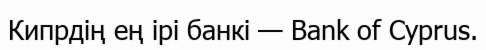
Кипрдің ең ірі банкі — Bank of Cyprus.